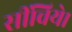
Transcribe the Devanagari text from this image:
सींचिये।